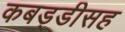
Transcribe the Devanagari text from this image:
कबड्डीसह